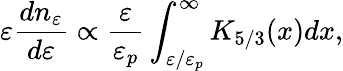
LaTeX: \varepsilon\frac{dn_{\varepsilon}}{d\varepsilon}\propto\frac{\varepsilon}{\varepsilon_{p}}\int_{\varepsilon/\varepsilon_{p}}^{\infty}K_{5/3}(x)dx,